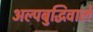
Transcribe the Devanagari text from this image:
अल्पबुद्धिवाले